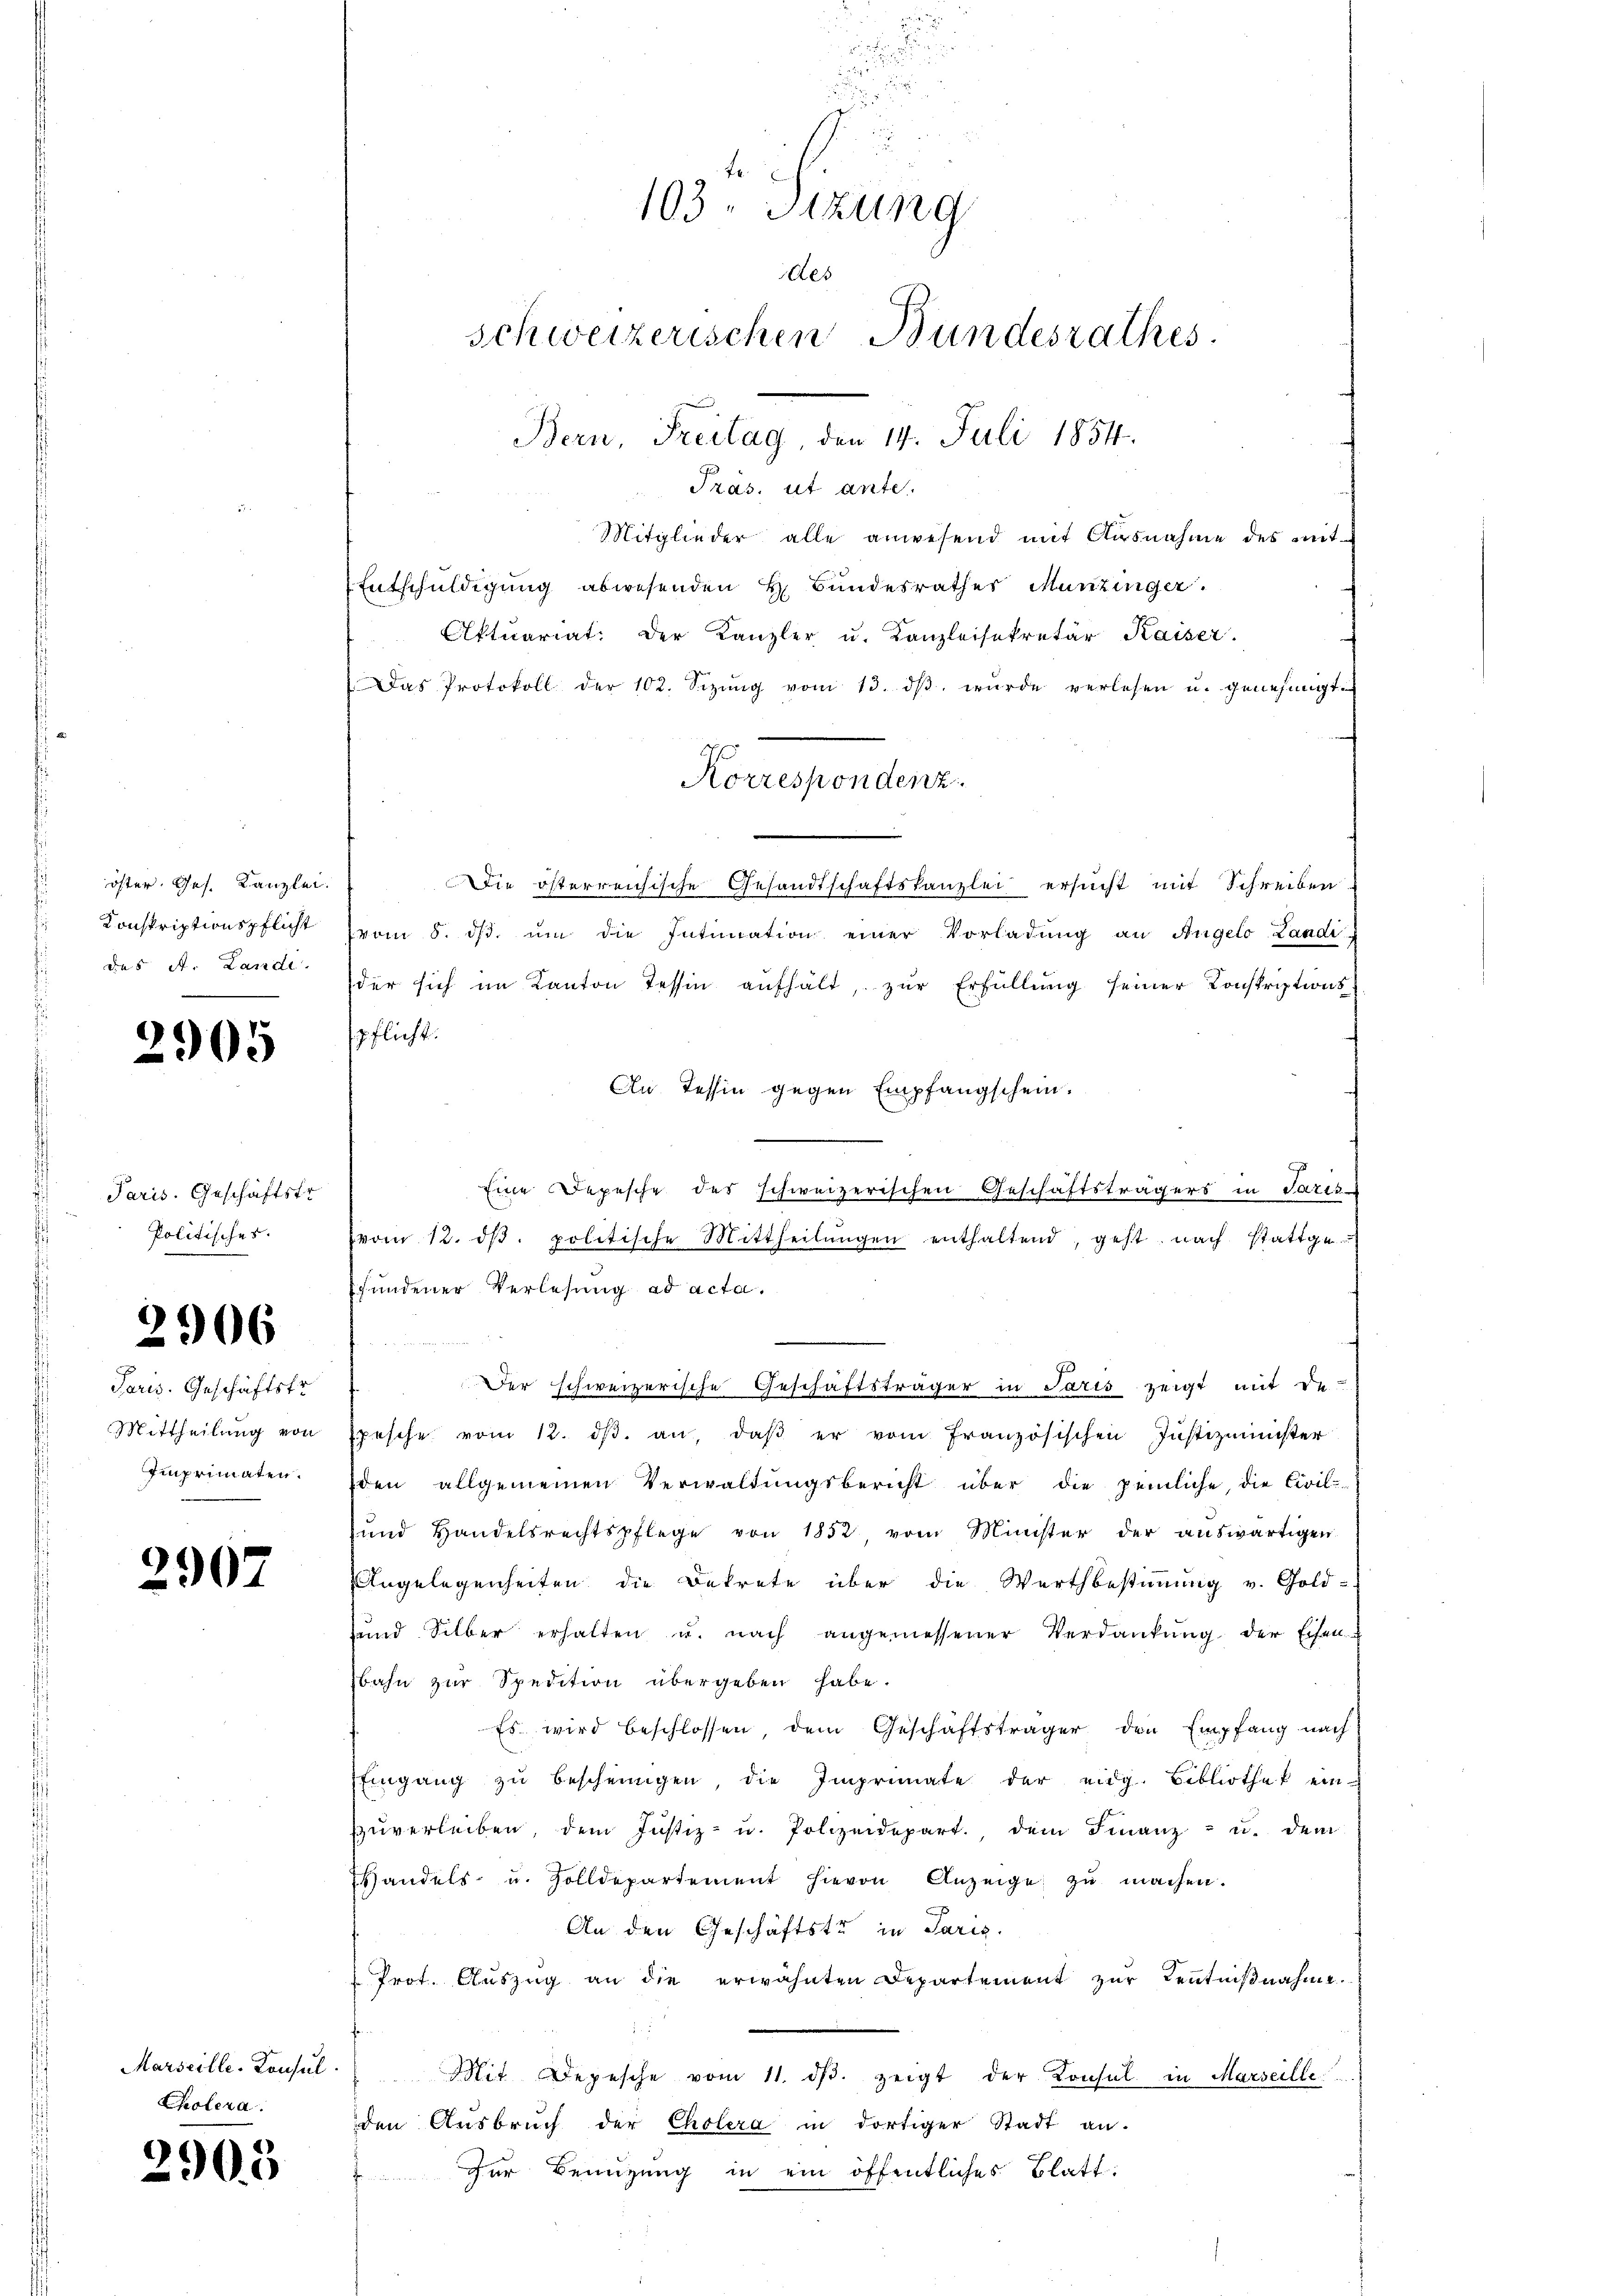
öster. Ges. Kanzlei.
Konskriptionspflicht
das A. Landi

2905

Paris. Geschäftsfr.
Politisches.

2906

Paris. Geschäftstr
Mittheilung von
Imnprimaten.

296.

Cholera.

2905

u
d
F
103. Sizung
des
schweizerischen Bundesrathes
Bern, Freitag, den 14. Juli 1854.

Präs. ut ante.
Mitglieder alle anwesend mit Ausnahme des mit-
Entschuldigung abwesenden H. Bundesrathes Munzinger.
Aktuariat. Der Kanzler u. Kanzleisekretär Kaiser.
Das Protokoll der 102. Sizŭng vom 13. dβ wŭrde verlesen u. genehmigt.
Die österreichische Gesandtschaftskanzlei ersucht mit Schreiben
vom 8. dβ. ŭm die Intimation einer Vorladŭng an Angelo Landi
der sich im Kanton Tessin aufhält, zŭr Erfüllŭng seiner Konskriptions-
spflicht.
An Tessin gegen Empfangschein.
Eine Depesche des schweizerischen Geschäftsträgers in Paris
vom 12. dβ. politische Mittheilŭngen enthaltend, geht nach stattge
fundener Verlesung ad acta.
.
7
Der schweizerische Geschäftsträger in Paris zeigt mit de
Epesche vom 12. dβ an, daβ er vom französischen Justizminister
den allgemeinen Verwaldungsbericht über die pemliche, die Civil-
und Handelsrechtspflege von 1852, vom Minister der aŭswärtigen
Angelegenheiten die Bekrete über die Wertbestimmung v. Gold-
hŭnd Silber erhalten u. nach angemessener Verdankŭng der Eisen
bahn zur Spedition übergeben habe.
Es wird beschlossen, dem Geschäftsträger den Empfang nach
Eingang zŭ bescheinigen, die Imprimate der eidg. Bibliothek ein-
zŭverleiben, dem Justiz- u. Polizeidepart., dem Finanz- u. dem
Handels- u. Zolldepartement hievon Anzeige zu machen.
An den Geschäftste in Paris.
 Prot. Aŭszŭg an die erwähnten Departement zŭr Keṅtniβnahme.
Marseille. Konsul Mit Depesche vom 11. dβ zeigt der Konsul in Marseille
den Ausbruch der Cholera in dortiger Stadt an.
Für Benutzung in ein öffentliches Blatt:

Korrespondenz.